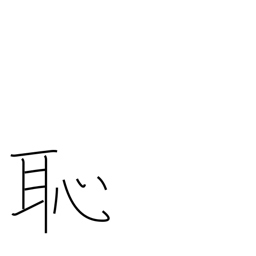
Meaning: shame